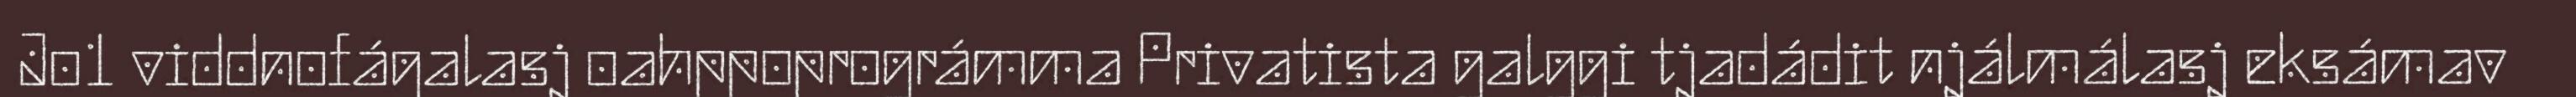
Jo1 viddnofágalasj oahppoprográmma Privatista galggi tjadádit njálmálasj eksámav